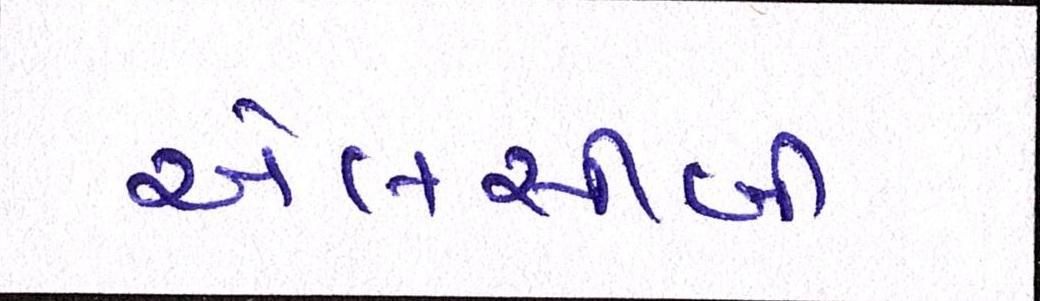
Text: એલસીબી